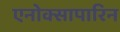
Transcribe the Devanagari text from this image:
एनोक्सापारिन